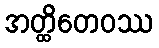
အတ္ထိတေဝဿ